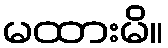
မထားမိ။